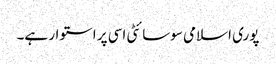
پوری اسلامی سوسائٹی اسی پر استوار ہے۔